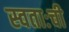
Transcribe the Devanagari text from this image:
स्वताःची